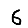
Digit: 6